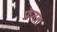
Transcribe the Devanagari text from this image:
फ्रेनल